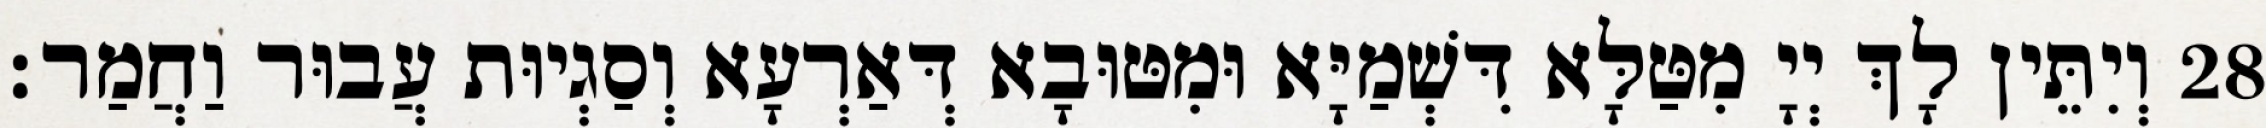
28 וְיִתֵּין לָךְ יְיָ מִטַּלָּא דִּשְׁמַיָּא וּמִטּוּבָא דְּאַרְעָא וְסַגְיוּת עֲבוּר וַחֲמַר׃